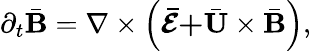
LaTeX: \partial_{t}\bar{\mathbf{B}}=\mathbf{\nabla}\times\left(\mathbf{\bar{\boldsymbol{\mathcal{E}}}+}\bar{\mathbf{U}}\times\bar{\mathbf{B}}\right),